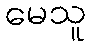
မေသူ